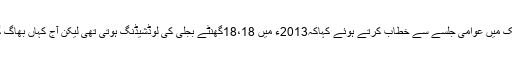
انہوں نے آج اٹک میں عوامی جلسے سے خطاب کرتے ہوئے کہاکہ2013ء میں 18،18گھنٹے بجلی کی لوڈشیڈنگ ہوتی تھی لیکن آج کہاں بھاگ گئی لوڈشیڈنگ؟